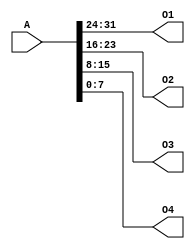
`timescale 1ns / 1ps
//////////////////////////////////////////////////////////////////////////////////
// Company: 
// Engineer: 
// 
// Design Name: 
// Module Name:    splitter 
// Project Name: 
// Target Devices: 
// Tool versions: 
// Description: 
//
// Dependencies: 
//
// Revision: 
// Revision 0.01 - File Created
// Additional Comments: 
//
//////////////////////////////////////////////////////////////////////////////////
module splitter(
	input [31:0] A,
	output [7:0] O1,
	output [7:0] O2,
	output [7:0] O3,
	output [7:0] O4
    );
	assign O1=A[31:24];
	assign O2=A[23:16];
	assign O3=A[15:8];
	assign O4=A[7:0];
endmodule